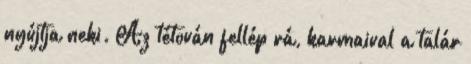
nyújtja neki. Az tétován fellép rá, karmaival a talár